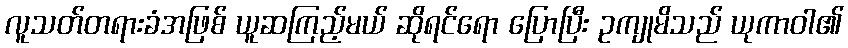
လူသတ်တရားခံအဖြစ် ယူဆကြည့်မယ် ဆိုရင်ရော ပြောပြီး ဥကျုမိသည် ယုကာဝါ၏